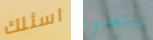
اسئلك يبتعدوا